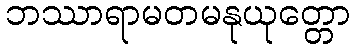
ဘဿာရာမတမနုယုတ္တော